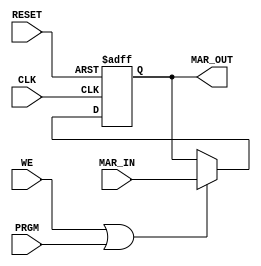
module ADDR_REG	(
	output [3:0]	MAR_OUT,
	input  [3:0]	MAR_IN,
	input 			WE,
	input 	 		PRGM,
	input 	 		CLK,
	input 			RESET
);

reg [3:0] MAR_DATA;

assign MAR_OUT = MAR_DATA;

always @(posedge CLK or posedge RESET) begin
	if 		(RESET) 			MAR_DATA = 4'b0000;
	else if 	(WE || PRGM) 	MAR_DATA = MAR_IN;
end
endmodule